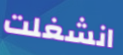
انشغلت